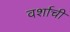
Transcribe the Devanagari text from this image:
वर्शाची